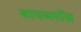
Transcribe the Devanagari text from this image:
बायब्लॉस